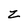
Character: z